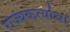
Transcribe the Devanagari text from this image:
राज्यकर्त्याचा